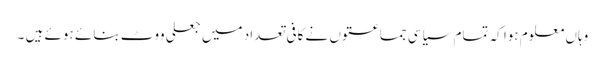
وہاں معلوم ہوا کہ تمام سیاسی جماعتوں نے کافی تعداد میں جعلی ووٹ بنائے ہوئے ہیں ۔